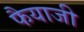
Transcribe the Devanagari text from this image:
फैयाजी